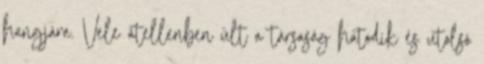
hangjára. Vele átellenben ült a társaság hatodik és utolsó